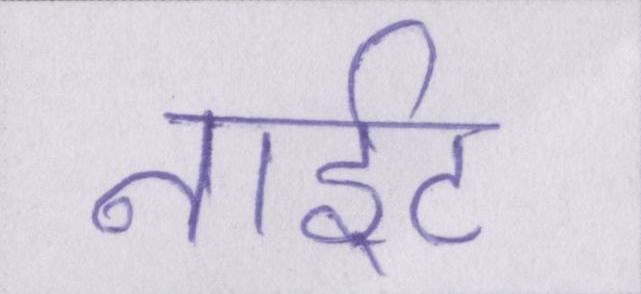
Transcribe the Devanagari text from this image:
नाईट